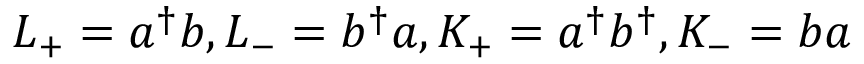
L _ { + } = a ^ { \dagger } b , L _ { - } = b ^ { \dagger } a , K _ { + } = a ^ { \dagger } b ^ { \dagger } , K _ { - } = b a